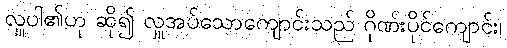
လှူပါ၏ဟု ဆို၍ လှူအပ်သောကျောင်းသည် ဂိုဏ်းပိုင်ကျောင်း၊